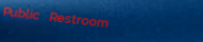
Public Restroom